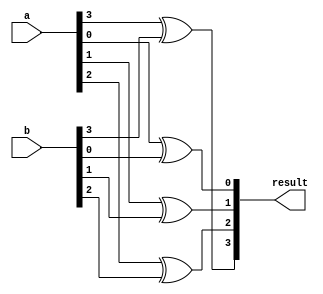

// 4 Bit XOR Module with Structural Verilog
module Xor4Bit(output[3:0] result,
					input[3:0] a, 
					input[3:0] b);

	xor xor1(result[0], a[0], b[0]);
	xor xor2(result[1], a[1], b[1]);
	xor xor3(result[2], a[2], b[2]);
	xor xor4(result[3], a[3], b[3]);

endmodule